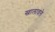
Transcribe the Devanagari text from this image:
खालावले